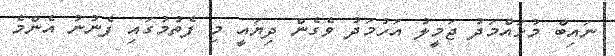
ނައިބް މުހައްމަދު ޖަމީލު އަހުމަދު ވެގެން ދިޔައީ މި ފެތުމުގައި ފެނުނު އެންމެ